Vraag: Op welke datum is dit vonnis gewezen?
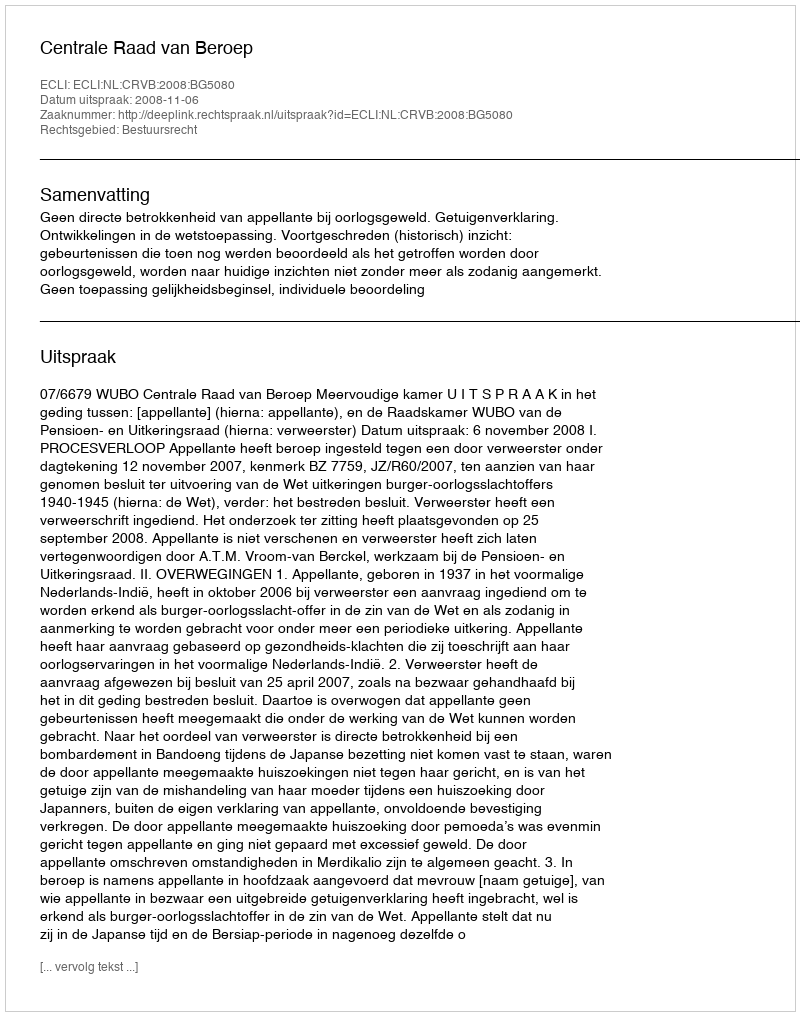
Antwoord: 2008-11-06